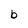
Character: b